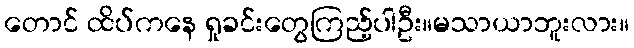
တောင် ထိပ်ကနေ ရှုခင်းတွေကြည့်ပါဦး။မသာယာဘူးလား။